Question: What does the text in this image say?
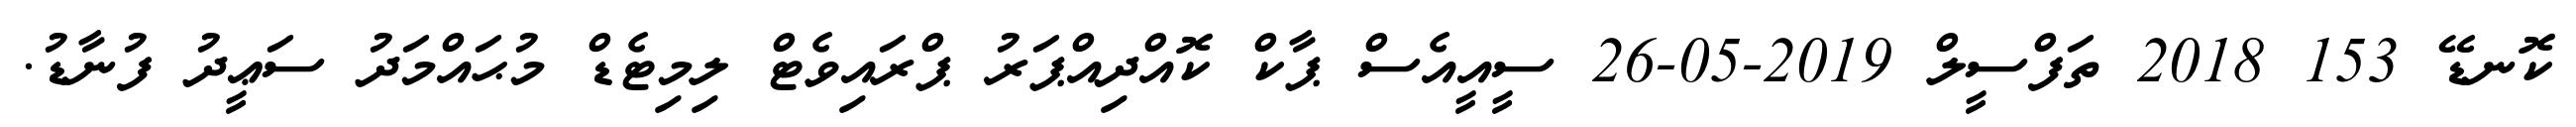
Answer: ކޮނޑޭ 153 2018 ތަފްސީލް 2019-05-26 ސީއީއެސް ޕާކް ކޮއްދިއްޕަރު ޕްރައިވެޓް ލިމިޓެޑް މުޙައްމަދު ސަޢީދު ފުނާޑު.